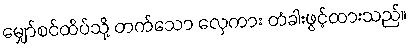
မျှော်စင်ထိပ်သို့ တက်သော လှေကား တံခါးဖွင့်ထားသည်။